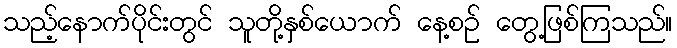
သည့်နောက်ပိုင်းတွင် သူတို့နှစ်ယောက် နေ့စဉ် တွေ့ဖြစ်ကြသည်။